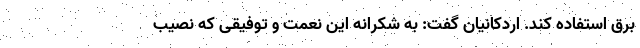
برق استفاده کند. اردکانیان گفت: به شکرانه این نعمت و توفیقی که نصیب